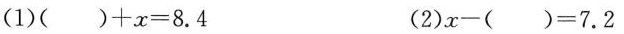
(1)$$( ) + x = 8 . 4$$ (2)$$x - ( ) = 7 . 2$$